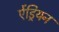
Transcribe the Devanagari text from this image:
ऐंड्रियन